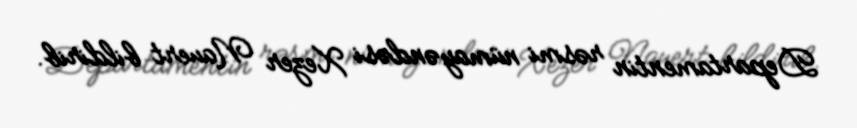
Departamentin rəsmi nümayəndəsi Xezer Nauert bildirib.